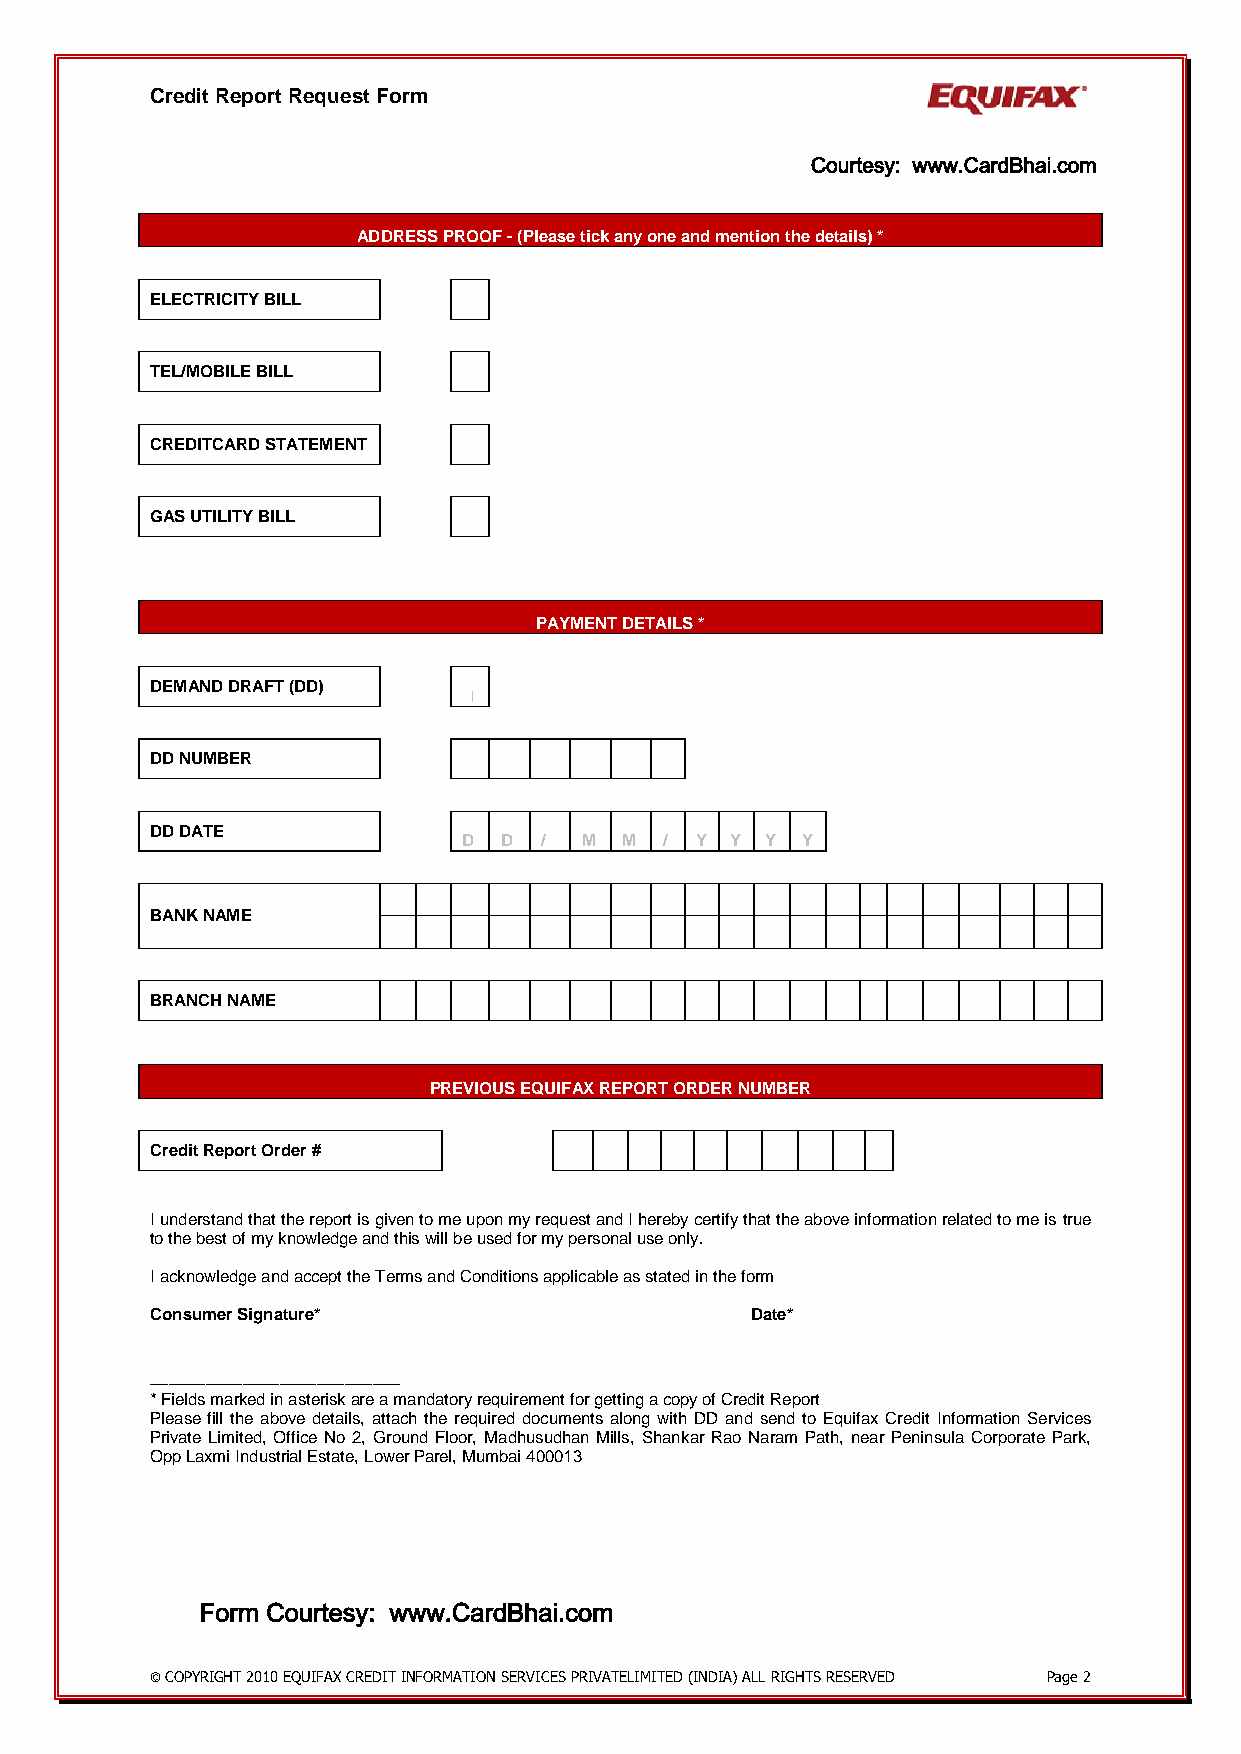
Credit Report Request Form
 Courtesy: www.CardBhai.com
 ADDRESS PROOF - (Please tick any one and mention the details) *
 ELECTRICITY BILL
 TEL/MOBILE BILL
 CREDITCARD STATEMENT
 GAS UTILITY BILL
 PAYMENT DETAILS *
 DEMAND DRAFT (DD)
 DD NUMBER
 DD DATE
 D D  / M  M  / Y Y  Y Y
 BANK NAME
 BRANCH NAME
 PREVIOUS EQUIFAX REPORT ORDER NUMBER
 Credit Report Order #
 I understand that the report is given to me upon my request and I hereby certify that the above information related to me is true
 to the best of my knowledge and this will be used for my personal use only.
 I acknowledge and accept the Terms and Conditions applicable as stated in the form
 Consumer Signature*                     Date*
 ___________________________
 * Fields marked in asterisk are a mandatory requirement for getting a copy of Credit Report
 Please fill the above details, attach the required documents along with DD and send to Equifax Credit Information Services
 Private Limited, Office No 2, Ground Floor, Madhusudhan Mills, Shankar Rao Naram Path, near Peninsula Corporate Park,
 Opp Laxmi Industrial Estate, Lower Parel, Mumbai 400013
 Form Courtesy: www.CardBhai.com
 © COPYRIGHT 2010 EQUIFAX CREDIT INFORMATION SERVICES PRIVATELIMITED (INDIA) ALL RIGHTS RESERVED Page 2